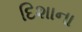
દિશાના